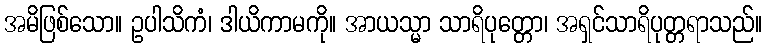
အမိဖြစ်သော။ ဥပါသိကံ၊ ဒါယိကာမကို။ အာယသ္မာ သာရိပုတ္တော၊ အရှင်သာရိပုတ္တရာသည်။